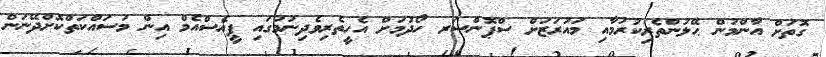
ގޮތަށް އާންމުން ޙޭލުންތެރިކުރުމާއި މައުރަޒަށް ސްޕޮންސަރ ހޯދުމަށް އެހީތެރިވެދިނުމުގައި ޕީއެސްއެމް އިން މަސައްކަތްކޮށްދޭނަން